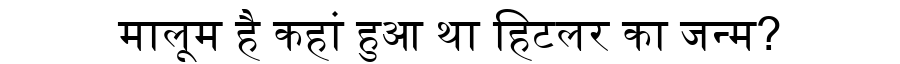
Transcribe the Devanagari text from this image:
मालूम है कहां हुआ था हिटलर का जन्म?